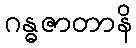
ဂန္ဓဇာတာနိ